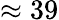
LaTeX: \approx 39